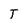
Character: T